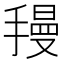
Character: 𫽺